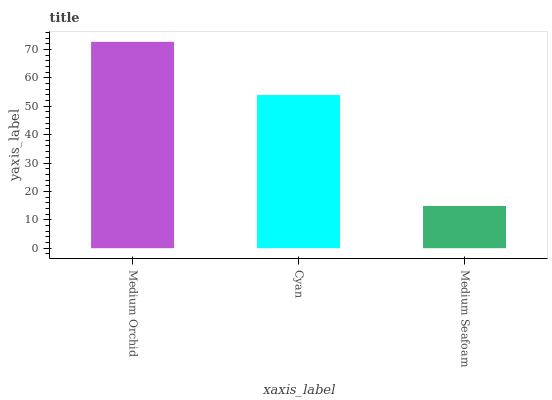
| xaxis_label | bars |
 | --- | --- |
 | Medium Orchid | 72.7 |
 | Cyan | 54 |
 | Medium Seafoam | 14.9 |